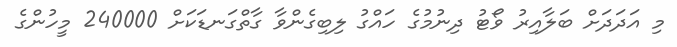
މި އަދަދަށް ބަލާއިރު ވޯޓު ދިނުމުގެ ހައްގު ލިބިގެންވާ ގާތްގަނޑަކަށް 240000 މީހުންގެ